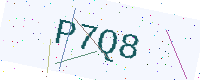
Text: P7Q8